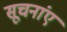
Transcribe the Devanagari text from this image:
सूचनांए